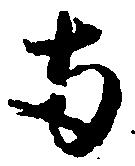
両